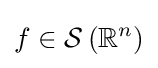
f\in {\mathcal {S}}\left(\mathbb {R} ^{n}\right)